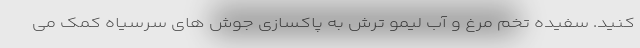
کنید. سفیده تخم مرغ و آب لیمو ترش به پاکسازی جوش های سرسیاه کمک می